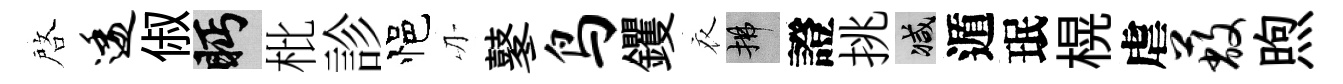
啓逶俶眄枇診悒刃鼕鸟钁衣拂證挑减遁珉榥虐蔽煦